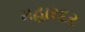
મહારદર